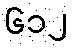
၆၁၂